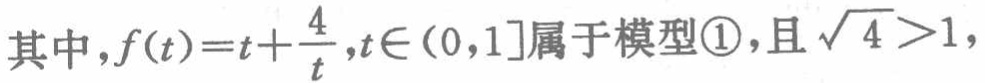
其中，\(f(t)=t + \frac{4}{t},t\in(0,1]\)属于模型\textcircled{1}，且\(\sqrt{4}>1\)，